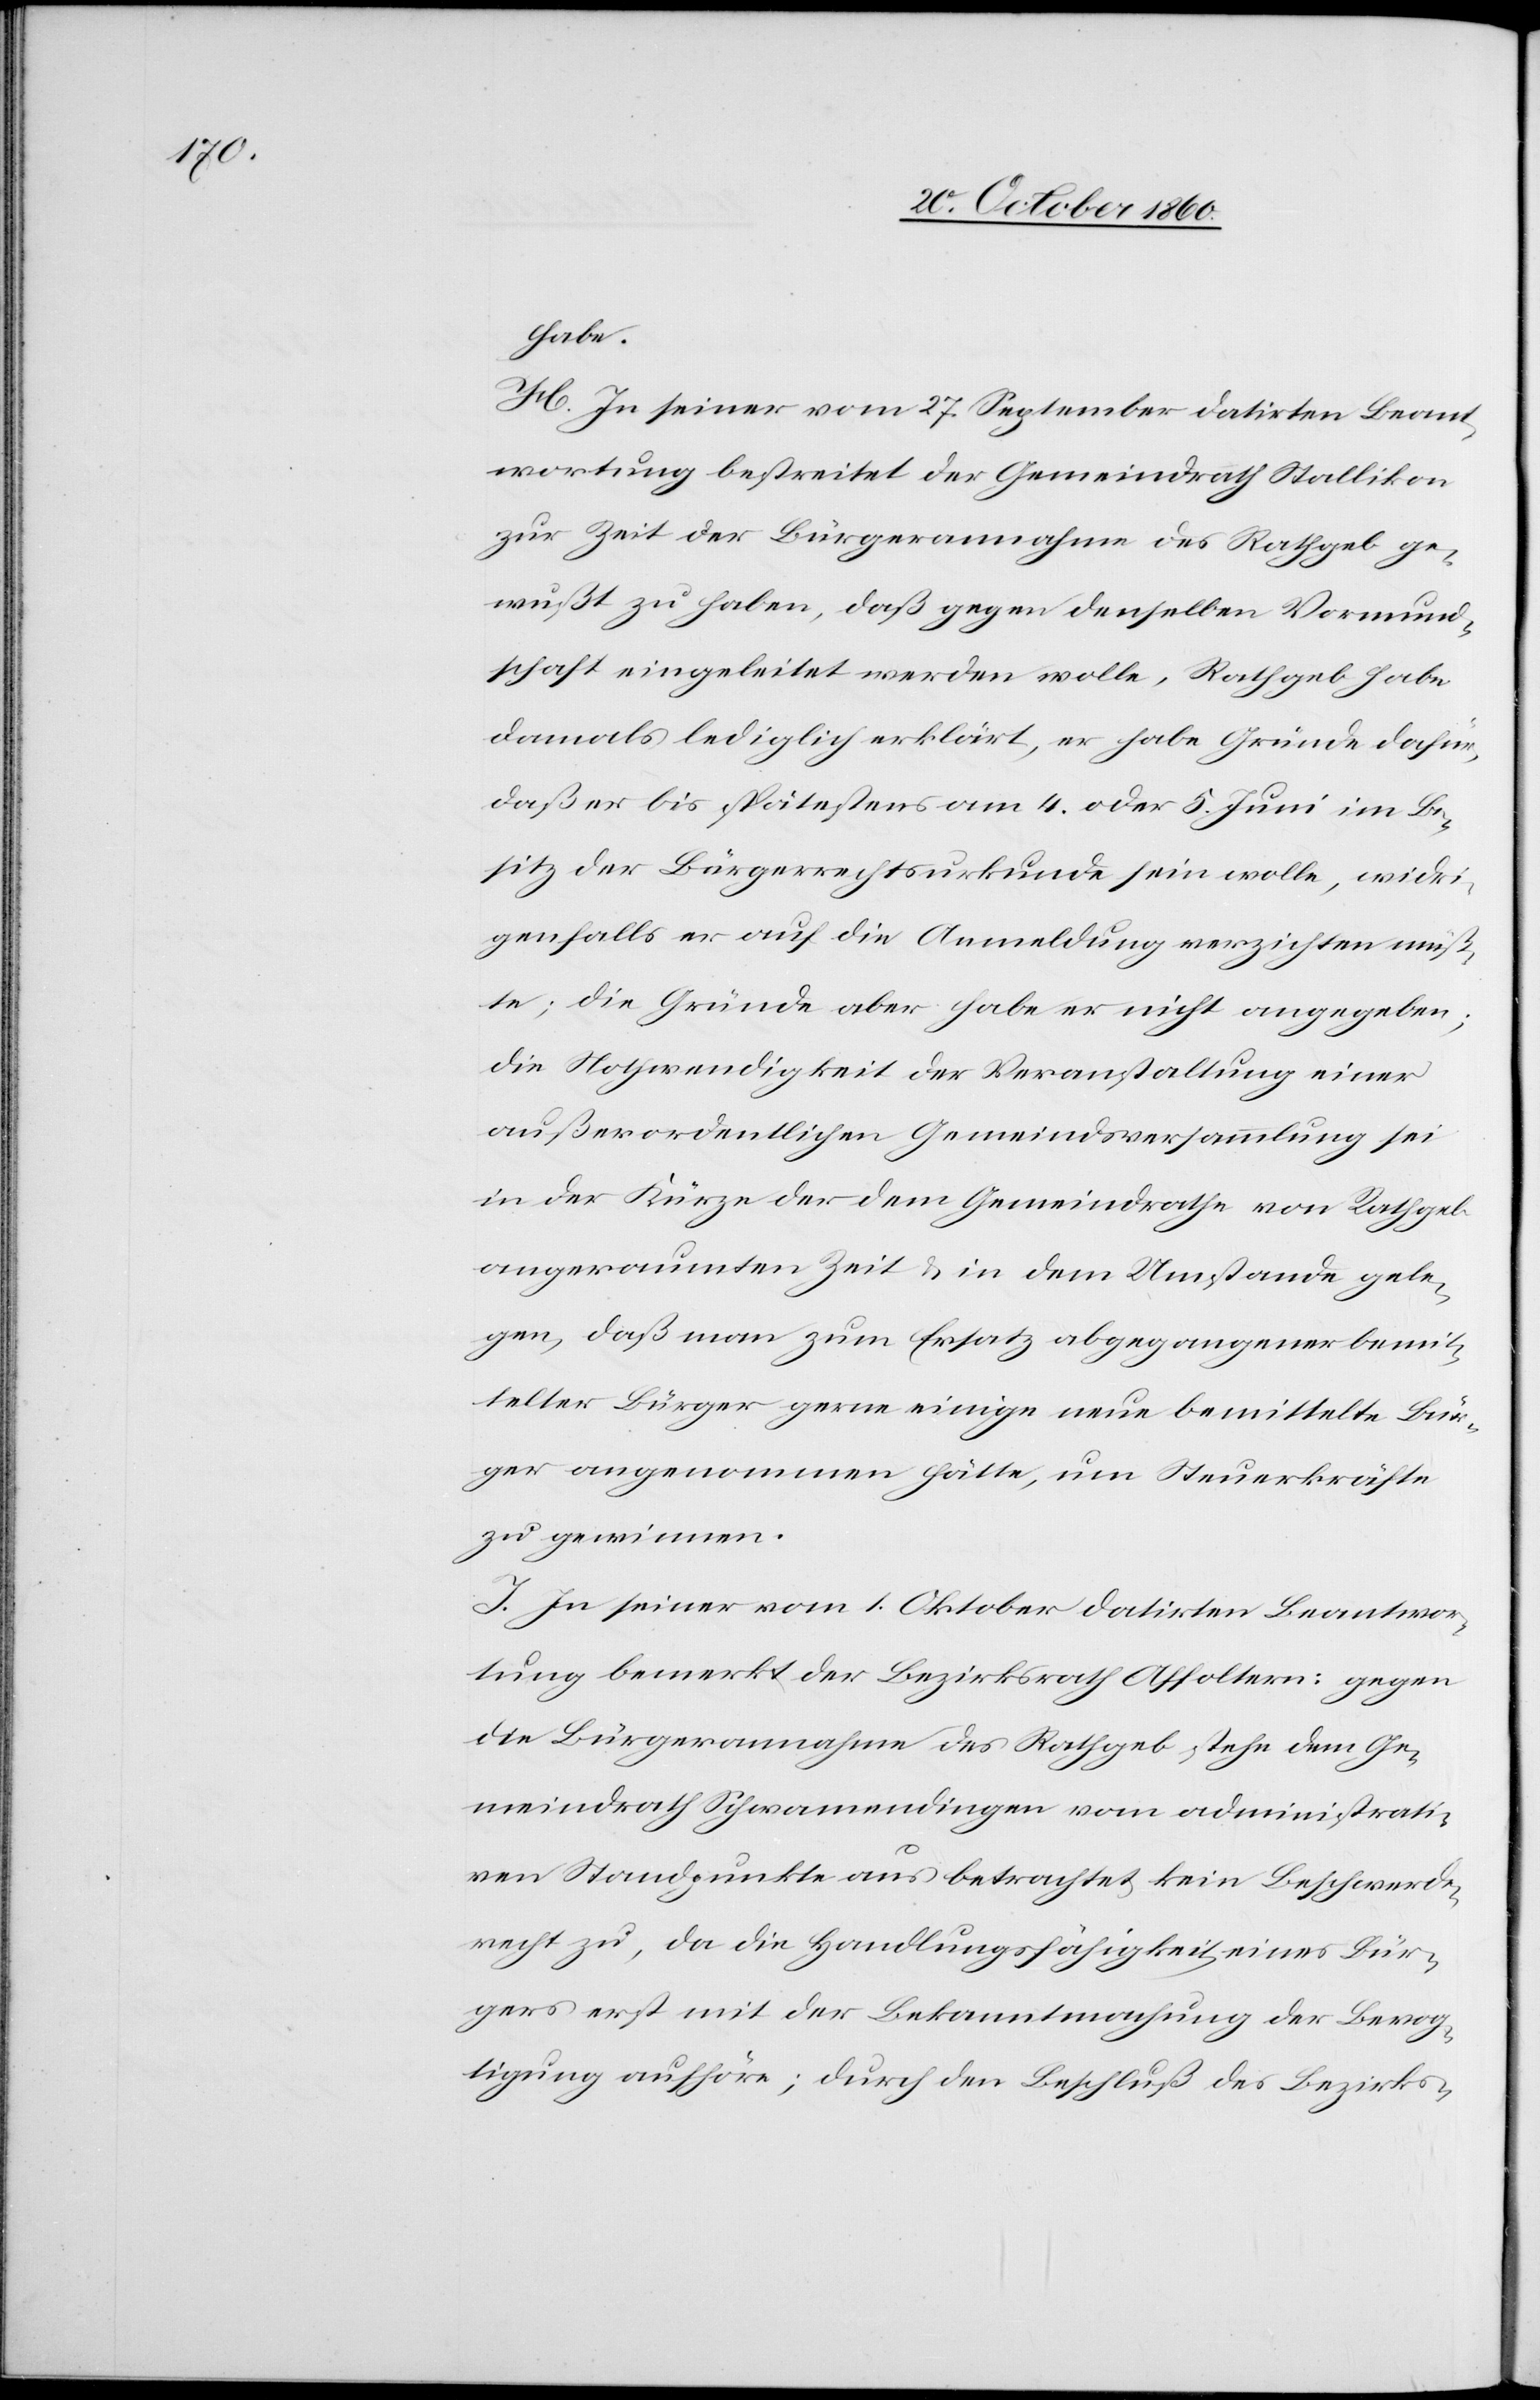
habe.
H. In seiner vom 27. September datirten Beant¬
wortung bestreitet der Gemeindrath Stallikon
zur Zeit der Bürgerannahme des Rathgeb ge¬
wußt zu haben, daß gegen denselben Vormund¬
schaft eingeleitet werden wolle, Rathgeb habe
damals lediglich erklärt, er habe Gründe dafür,
daß er bis spätestens am 4. oder 5. Juni im Be¬
sitz der Bürgerrechtsurkunde sein wolle, widri¬
genfalls er auf die Anmeldung verzichten müß¬
te; die Gründe aber habe er nicht angegeben;
die Nothwendigkeit der Veranstaltung einer
außerordentlichen Gemeindsversammlung sei
in der Kürze der dem Gemeindrathe von Rathgeb
angeraumten Zeit u. in dem Umstande gele¬
gen, daß man zum Ersatz abgegangener bemit¬
telter Bürger gerne einige neue bemittelte Bür¬
ger angenommen hätte, um Steuerkräfte
zu gewinnen.
I. In seiner vom 1. Oktober datirten Beantwor¬
tung bemerkt der Bezirksrath Affoltern: gegen
die Bürgerannahme des Rathgeb stehe dem Ge¬
meindrath Schwamendingen vom administrati¬
ven Standpunkte aus betrachtet kein Beschwerde¬
recht zu, da die Handlungsfähigkeit eines Bür¬
gers erst mit der Bekanntmachung der Bevog¬
tigung aufhöre; durch den Beschluß des Bezirks-